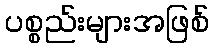
ပစ္စည်းများအဖြစ်